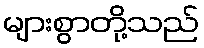
များစွာတို့သည်